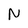
Character: N